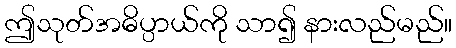
ဤသုတ်အဓိပ္ပာယ်ကို သာ၍ နားလည်မည်။